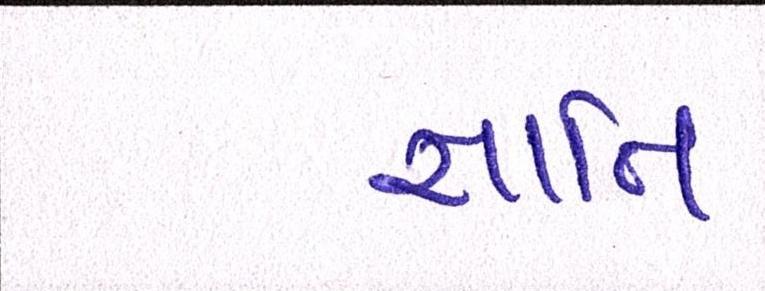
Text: જ્ઞાાતિ